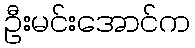
ဦးမင်းအောင်က